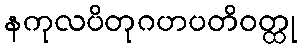
နကုလပိတုဂဟပတိဝတ္ထု